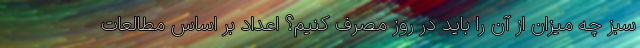
سبز چه میزان از آن را باید در روز مصرف کنیم؟ اعداد بر اساس مطالعات